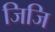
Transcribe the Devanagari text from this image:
जिजि